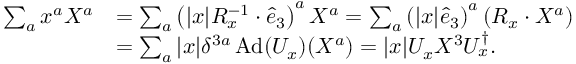
\begin{array} { r l } { \sum _ { a } x ^ { a } X ^ { a } } & { = \sum _ { a } \left( \vert x \vert R _ { x } ^ { - 1 } \cdot \hat { e } _ { 3 } \right) ^ { a } X ^ { a } = \sum _ { a } \left( \vert x \vert \hat { e } _ { 3 } \right) ^ { a } \left( R _ { x } \cdot X ^ { a } \right) } \\ & { = \sum _ { a } \vert x \vert \delta ^ { 3 a } \operatorname { A d } ( U _ { x } ) ( X ^ { a } ) = \vert x \vert U _ { x } X ^ { 3 } U _ { x } ^ { \dagger } . } \end{array}